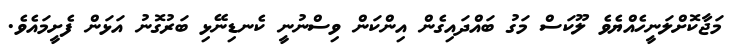
މަޖާކޮށްލަނީހެއްޔެވެ ލޫކަސް މަގު ބައްދައިގެން އިންކަން ވިސްނުނީ ކެނޑިނޭޅި ބަރުގޮނު އަޅަން ފެށީމައެވެ.